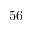
5 6